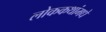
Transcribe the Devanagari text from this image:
लोककथांमधे